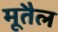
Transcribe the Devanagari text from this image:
मूतैल